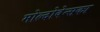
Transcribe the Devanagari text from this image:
मोल्दोवेन्सका